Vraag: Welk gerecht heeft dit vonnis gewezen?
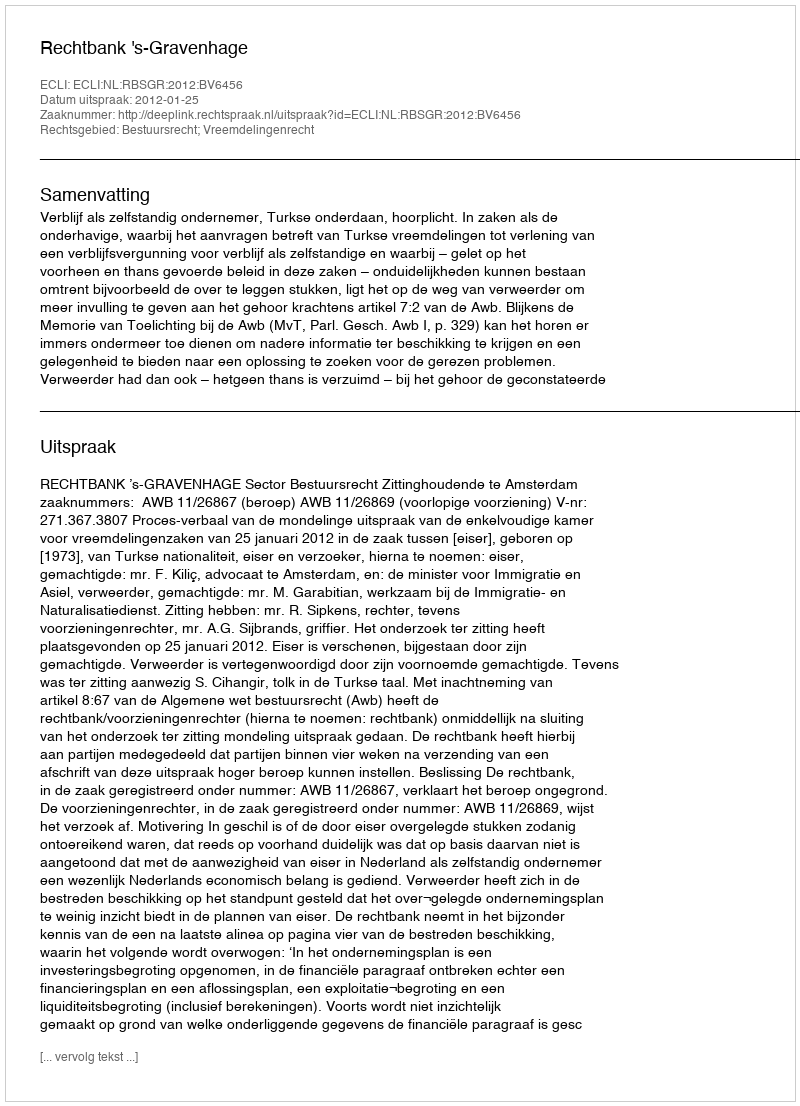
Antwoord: Rechtbank 's-Gravenhage